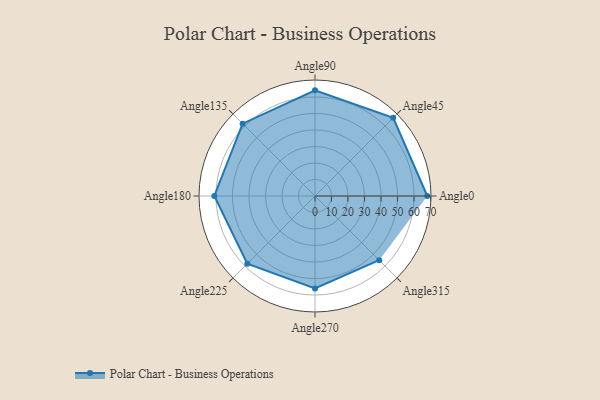
{"axis": {"x": "Angle", "y": "Radius"}, "legend": [""], "data": [{"x": "Angle0", "y": 68.0, "type": ""}, {"x": "Angle45", "y": 67.0, "type": ""}, {"x": "Angle90", "y": 64.0, "type": ""}, {"x": "Angle135", "y": 62.0, "type": ""}, {"x": "Angle180", "y": 61.0, "type": ""}, {"x": "Angle225", "y": 58.0, "type": ""}, {"x": "Angle270", "y": 56.0, "type": ""}, {"x": "Angle315", "y": 55.0, "type": ""}]}